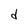
Character: d